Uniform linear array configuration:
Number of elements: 64
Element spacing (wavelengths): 0.75
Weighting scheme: cosine
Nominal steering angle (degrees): -15
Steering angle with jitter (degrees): -16.358
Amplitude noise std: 0.05
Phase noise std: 0.05

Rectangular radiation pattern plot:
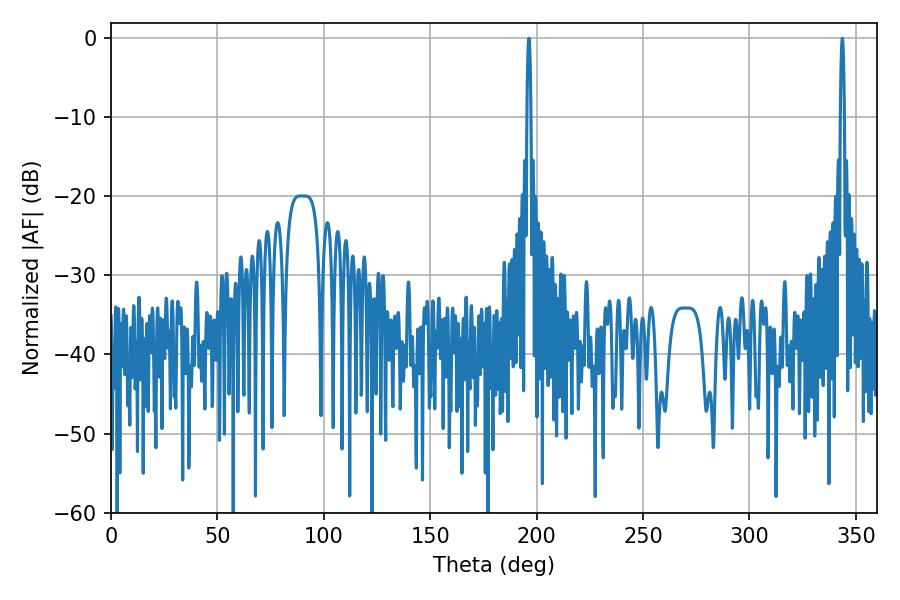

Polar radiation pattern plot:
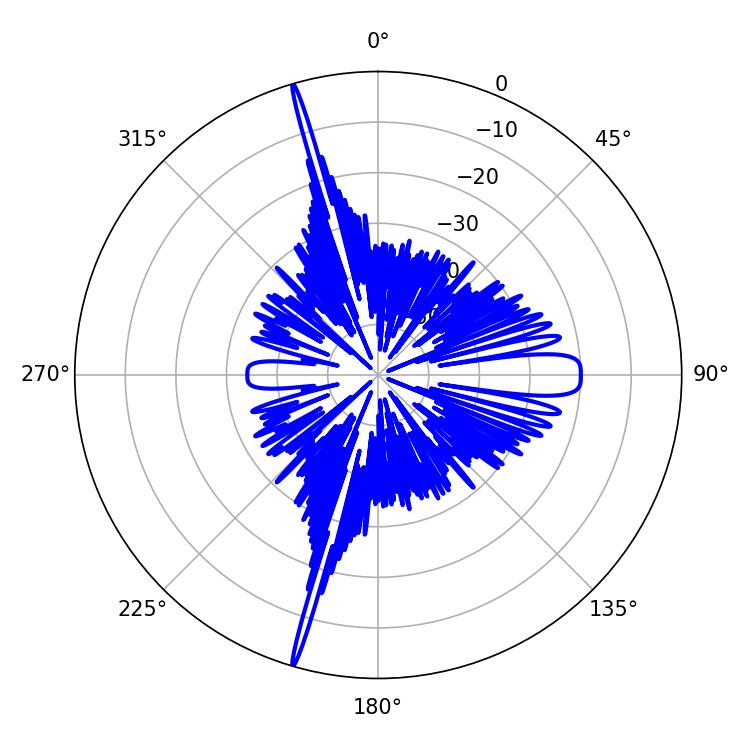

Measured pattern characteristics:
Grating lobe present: TRUE
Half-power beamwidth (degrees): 1.08
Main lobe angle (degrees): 343.62